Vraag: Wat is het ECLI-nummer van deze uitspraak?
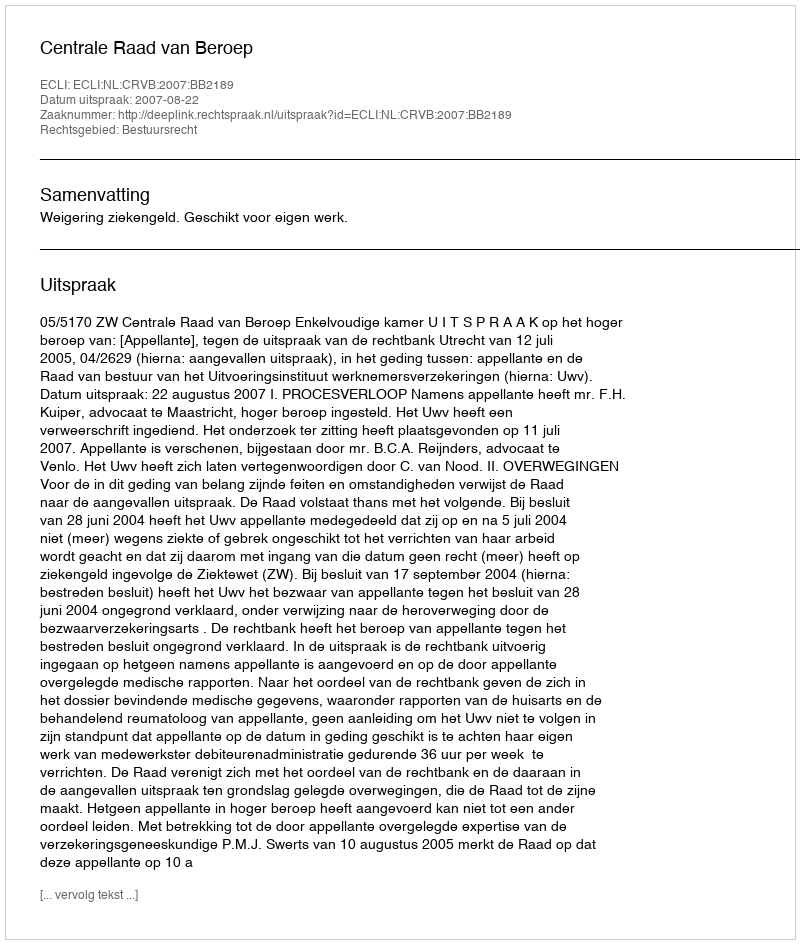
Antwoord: ECLI:NL:CRVB:2007:BB2189